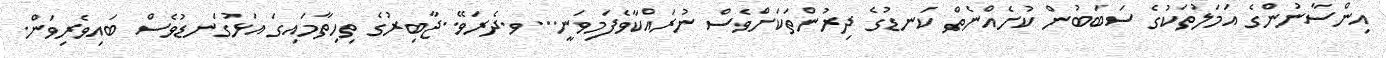
އިންސާނުންގެ އަމަލުތަކުގެ ސަބަބުން ކުށެއްނެތް ކަނޑުގެ ދިރުންތަކަށްވެސް ނުރައްކާވެފަމިވަނީ...ވ.ދެރަވޭ..ޖާބިރުގެ ތިހިތާމައިގަ އަޅުގަނޑުވެސް ބައިވެރިވަން.